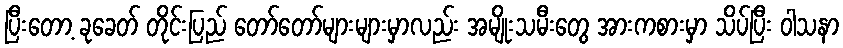
ပြီးတော့ ခုခေတ် တိုင်းပြည် တော်တော်များများမှာလည်း အမျိုးသမီးတွေ အားကစားမှာ သိပ်ပြီး ဝါသနာ